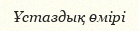
Ұстаздық өмірі